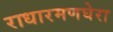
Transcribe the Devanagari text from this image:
राधारमणघेरा